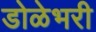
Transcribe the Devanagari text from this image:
डोळेभरी